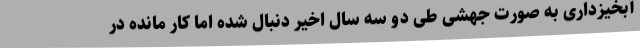
آبخیزداری به صورت جهشی طی دو سه سال اخیر دنبال شده اما کار مانده در